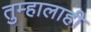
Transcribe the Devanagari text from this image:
तुम्हालाही